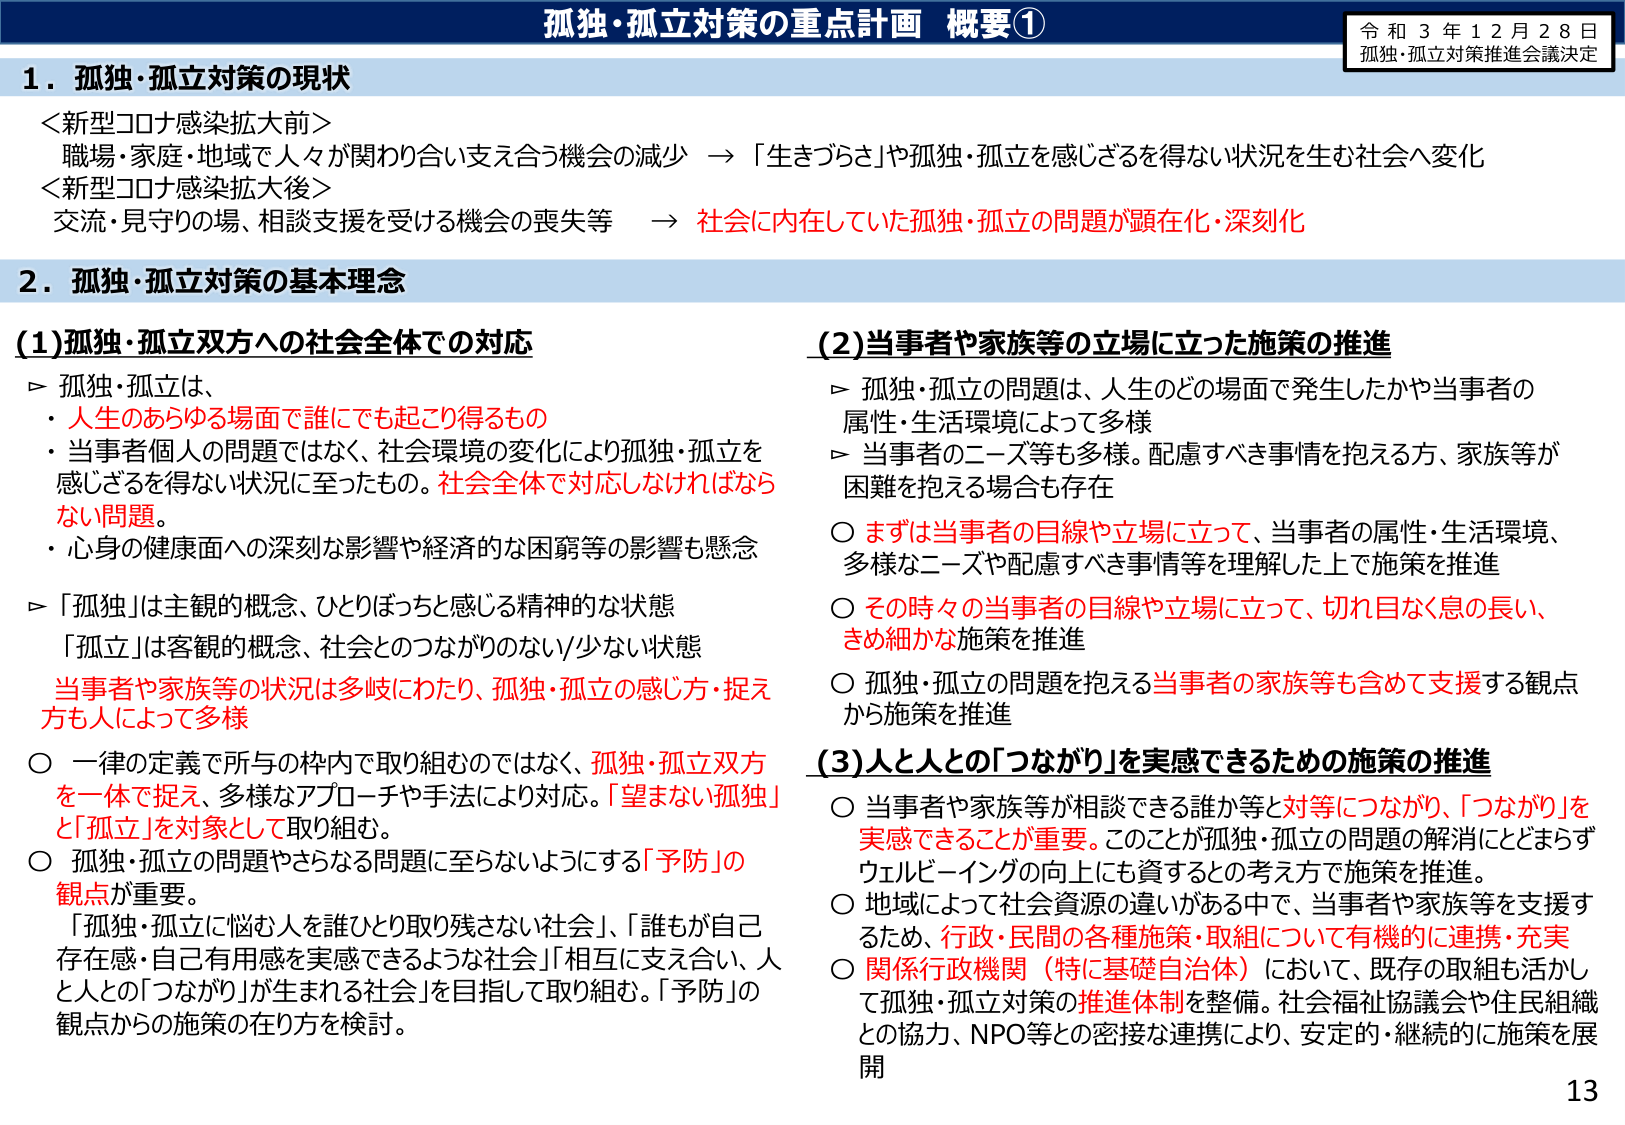
孤独・孤立対策の重点計画 概要①
令和３年１２月２８日
孤独・孤立対策推進会議決定

１．孤独・孤立対策の現状
＜新型コロナ感染拡大前＞
職場・家庭・地域で人々が関わり合い支え合う機会の減少 → 「生きづらさ」や孤独・孤立を感じざるを得ない状況を生む社会へ変化
＜新型コロナ感染拡大後＞
交流・見守りの場、相談支援を受ける機会の喪失等 → 社会に内在していた孤独・孤立の問題が顕在化・深刻化

２．孤独・孤立対策の基本理念

(1)孤独・孤立双方への社会全体での対応
▶ 孤独・孤立は、
・人生のあらゆる場面で誰にでも起こり得るもの
・当事者個人の問題ではなく、社会環境の変化により孤独・孤立を感じざるを得ない状況に至ったもの。社会全体で対応しなければならない問題。
・心身の健康面への深刻な影響や経済的な困窮等の影響も懸念
▶ 「孤独」は主観的概念、ひとりぼっちを感じる精神的な状態
「孤立」は客観的概念、社会とのつながりのない／少ない状態
当事者や家族等の状況は多岐にわたり、孤独・孤立の感じ方・捉え方も人によって多様
○ 一律の定義で所与の枠内で取り組むのではなく、孤独・孤立双方を一体で捉え、多様なアプローチや手法により対応。「望まない孤独」と「孤立」を対象として取り組む。
○ 孤独・孤立の問題やさらなる問題に至らないようにする「予防」の観点が重要。
「孤独・孤立に悩む人を誰ひとり取り残さない社会」、「誰もが自己存在感・自己有用感を実感できるような社会」「相互に支え合い、人と人との「つながり」が生まれる社会」を目指して取り組む。「予防」の観点からの施策の在り方を検討。

(2)当事者や家族等の立場に立った施策の推進
▶ 孤独・孤立の問題は、人生のどの場面で発生したかや当事者の属性・生活環境によって多様
▶ 当事者のニーズ等も多様。配慮すべき事情を抱える方、家族等が困難を抱える場合も存在
○ まずは当事者の目線や立場に立って、当事者の属性・生活環境、多様なニーズや配慮すべき事情等を理解した上で施策を推進
○ その時々の当事者の目線や立場に立って、切れ目なく息の長い、きめ細かな施策を推進
○ 孤独・孤立の問題を抱える当事者の家族等も含めて支援する観点から施策を推進

(3)人と人との「つながり」を実感できるための施策の推進
○ 当事者や家族等が相談できる誰か等と対等につながり、「つながり」を実感できることが重要。このことが孤独・孤立の問題の解消にとどまらずウェルビーイングの向上にも資するとの考え方で施策を推進。
○ 地域によって社会資源の違いがある中で、当事者や家族等を支援するため、行政・民間の各種施策・取組について有機的に連携・充実
○ 関係行政機関（特に基礎自治体）において、既存の取組も活かして孤独・孤立対策の推進体制を整備。社会福祉協議会や住民組織との協力、NPO等との密接な連携により、安定的・継続的に施策を展開

13